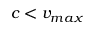
c < v _ { m a x }